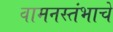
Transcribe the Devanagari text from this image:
वामनस्तंभाचे